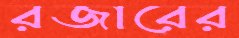
রজারের